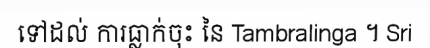
ទៅដល់ ការធ្លាក់ចុះ នៃ Tambralinga ។ Sri